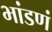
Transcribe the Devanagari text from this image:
भांडणं